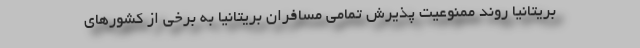
بریتانیا روند ممنوعیت پذیرش تمامی مسافران بریتانیا به برخی از کشورهای